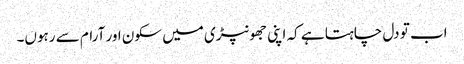
اب تو دل چاہتا ہے کہ اپنی جھونپڑی میں سکون اور آرام سے رہوں۔